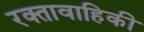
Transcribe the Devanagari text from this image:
रक्तावाहिकी